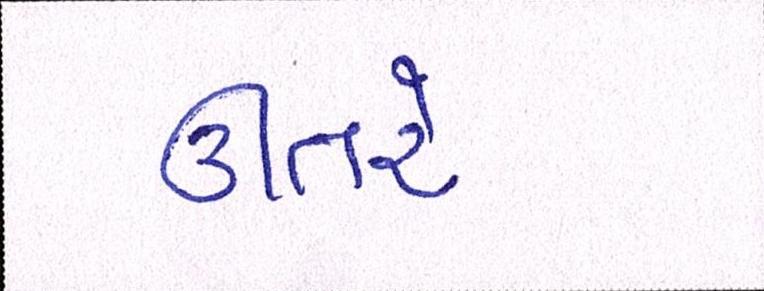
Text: ઊતરે